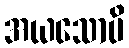
အယသောပိ